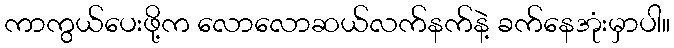
ကာကွယ်ပေးဖို့က လောလောဆယ်လက်နက်နဲ့ ခက်နေအုံးမှာပါ။